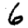
Digit: 6